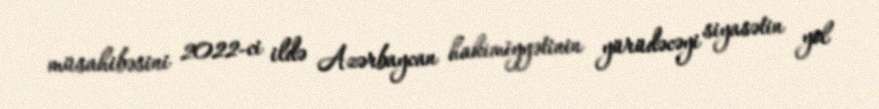
müsahibəsini 2022-ci ildə Azərbaycan hakimiyyətinin yürüdəcəyi siyasətin yol